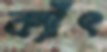
ক্যাঁৎ